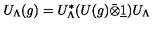
U _ { \Lambda } ( g ) = U _ { \Lambda } ^ { * } ( U ( g ) \bar { \otimes } \underline { { 1 } } ) U _ { \Lambda }